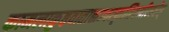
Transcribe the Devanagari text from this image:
कामलाकुष्ठवातास्रज्वरकृमिवमीन्हरेत्